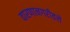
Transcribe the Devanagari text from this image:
वारणानगरीतले